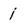
Character: j